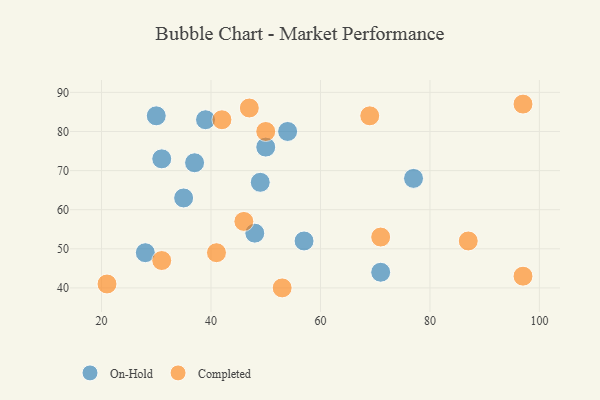
{"axis": {"x": "GDP", "y": "Life Expectancy"}, "legend": ["Completed", "On-Hold"], "data": [{"x": "50", "y": 76, "type": "On-Hold"}, {"x": "35", "y": 63, "type": "On-Hold"}, {"x": "49", "y": 67, "type": "On-Hold"}, {"x": "54", "y": 80, "type": "On-Hold"}, {"x": "57", "y": 52, "type": "On-Hold"}, {"x": "31", "y": 73, "type": "On-Hold"}, {"x": "28", "y": 49, "type": "On-Hold"}, {"x": "77", "y": 68, "type": "On-Hold"}, {"x": "39", "y": 83, "type": "On-Hold"}, {"x": "30", "y": 84, "type": "On-Hold"}, {"x": "71", "y": 44, "type": "On-Hold"}, {"x": "37", "y": 72, "type": "On-Hold"}, {"x": "48", "y": 54, "type": "On-Hold"}, {"x": "53", "y": 40, "type": "Completed"}, {"x": "31", "y": 47, "type": "Completed"}, {"x": "50", "y": 80, "type": "Completed"}, {"x": "47", "y": 86, "type": "Completed"}, {"x": "46", "y": 57, "type": "Completed"}, {"x": "71", "y": 53, "type": "Completed"}, {"x": "41", "y": 49, "type": "Completed"}, {"x": "42", "y": 83, "type": "Completed"}, {"x": "69", "y": 84, "type": "Completed"}, {"x": "21", "y": 41, "type": "Completed"}, {"x": "87", "y": 52, "type": "Completed"}, {"x": "97", "y": 43, "type": "Completed"}, {"x": "97", "y": 87, "type": "Completed"}]}